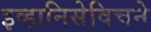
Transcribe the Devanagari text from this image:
इव्हानिसेविचने